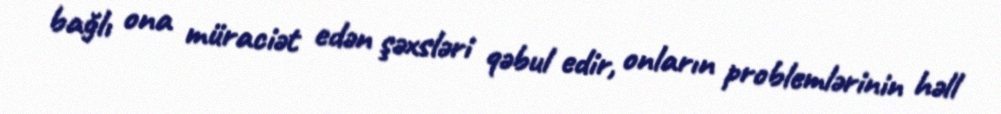
bağlı ona müraciət edən şəxsləri qəbul edir, onların problemlərinin həll